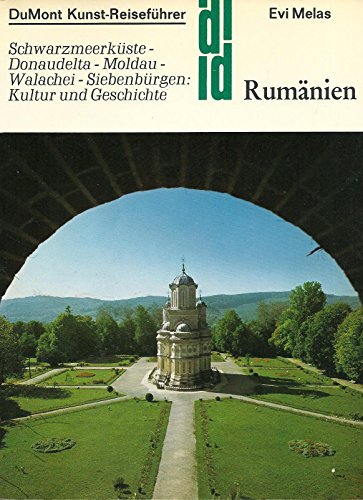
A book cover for Rumanien: Schwarzmeerkuste, Donaudelta, Moldau, Walachei, Siebenburgen (Kunst-Reisefuhrer in der Reihe DuMont Dokumente) (German Edition); Evi Melas; History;